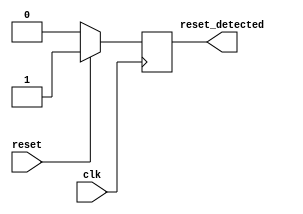
module synchronous_reset_detector (
    input wire clk,          // System clock signal
    input wire reset,        // Active high reset signal
    output reg reset_detected // Output indicating if reset is detected
);

// Always block triggered on the rising edge of the clock
always @(posedge clk) begin
    // Check the state of the reset signal
    if (reset) begin
        reset_detected <= 1'b1; // Assert reset_detected if reset is high
    end else begin
        reset_detected <= 1'b0; // Deassert reset_detected if reset is low
    end
end

endmodule